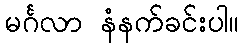
မင်္ဂလာ နံနက်ခင်းပါ။